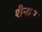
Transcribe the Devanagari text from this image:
शैनान